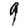
Digit: 9